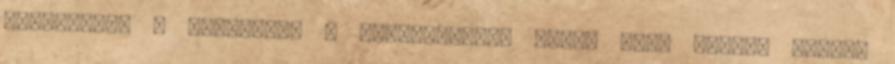
biztosítja a számunkra a vállalatokon belül vagy azokon kívül.